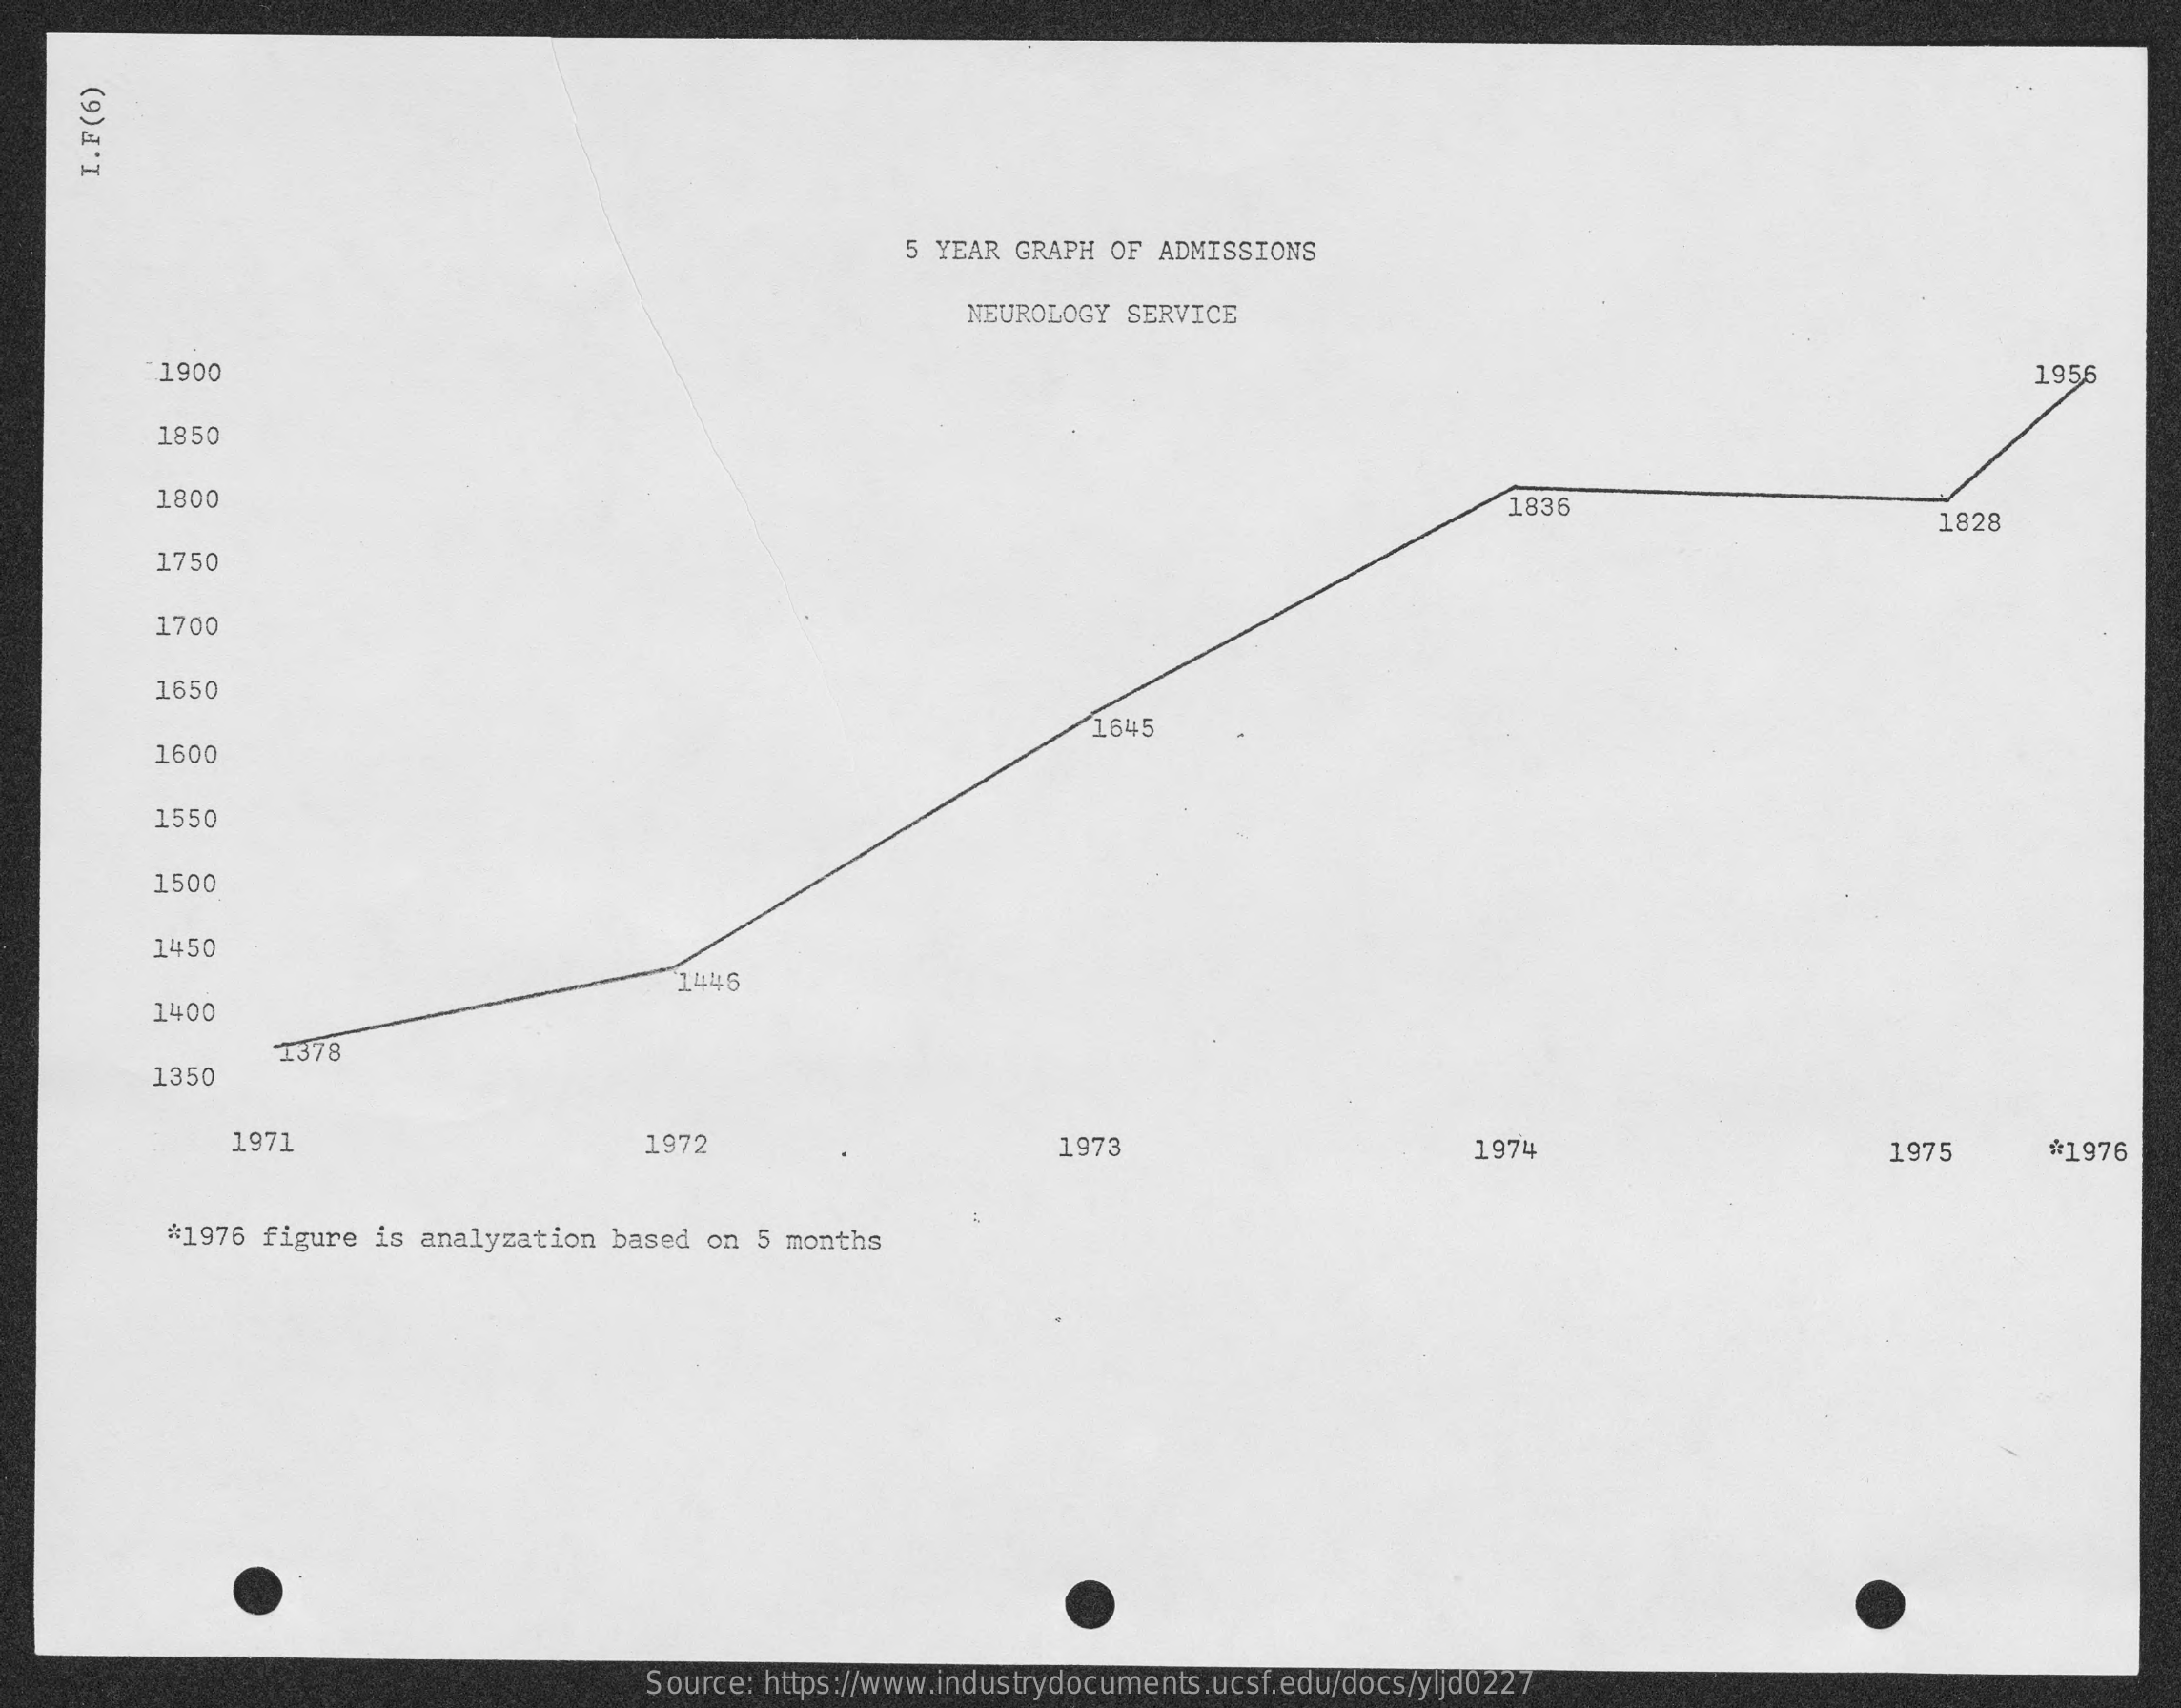
I.F(6)
     5 YEAR GRAPH  OF ADMISSIONS
     NEUROLOGY  SERVICE
     1900    1956
     1850
     1800    1836
     1828
     1750
     1700
     1650
     1600
     1645
     1550
     1500
     1450
     1446
     1400
     1350
     1378
     1971    1972    1973    1974    1975    *1976
     #1976 figure  is analyzation  based on 5 months
     Source: https://www.industrydocuments.ucsf.edu/docs/yljd0227